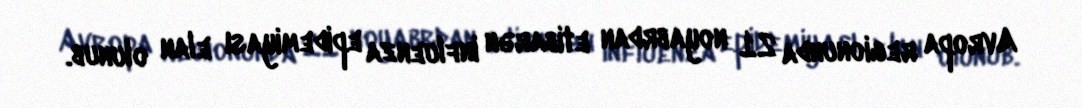
Avropa regionunda 21 noyabrdan etibarən influenza epidemiyası elan olunub.